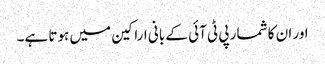
اور ان کا شمار پی ٹی آئی کے بانی اراکین میں ہوتا ہے۔